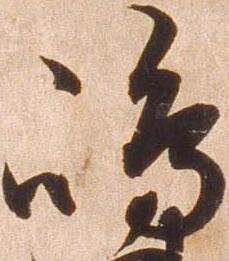
嶋